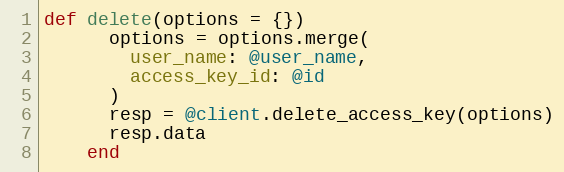
Language: Ruby
def delete(options = {})
      options = options.merge(
        user_name: @user_name,
        access_key_id: @id
      )
      resp = @client.delete_access_key(options)
      resp.data
    end